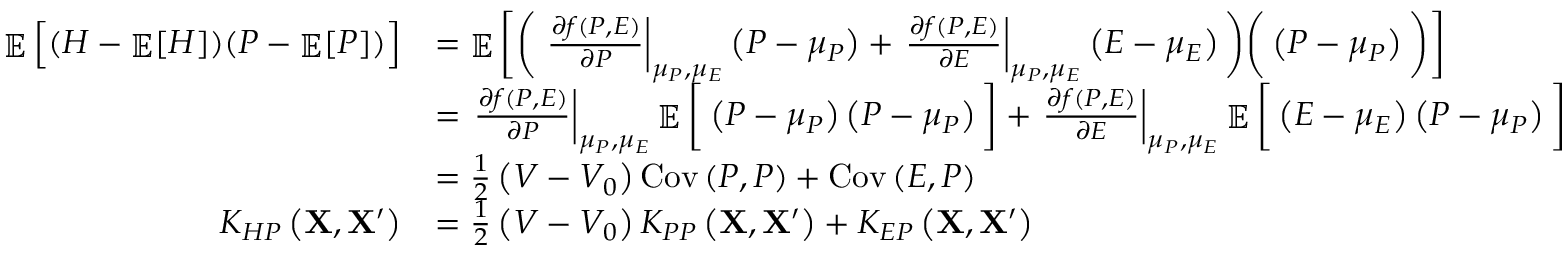
\begin{array} { r l } { \mathop { \mathbb { E } } \Big [ ( H - \mathop { \mathbb { E } } [ H ] ) ( P - \mathop { \mathbb { E } } [ P ] ) \Big ] } & { = \mathop { \mathbb { E } } \bigg [ \bigg ( \left. \frac { \partial f \left( P , E \right) } { \partial P } \right| _ { \mu _ { P } , \mu _ { E } } \left( P - \mu _ { P } \right) + \left. \frac { \partial f \left( P , E \right) } { \partial E } \right| _ { \mu _ { P } , \mu _ { E } } \left( E - \mu _ { E } \right) \bigg ) \bigg ( \left( P - \mu _ { P } \right) \bigg ) \bigg ] } \\ & { = \left. \frac { \partial f \left( P , E \right) } { \partial P } \right| _ { \mu _ { P } , \mu _ { E } } \mathop { \mathbb { E } } \bigg [ \left( P - \mu _ { P } \right) \left( P - \mu _ { P } \right) \bigg ] + \left. \frac { \partial f \left( P , E \right) } { \partial E } \right| _ { \mu _ { P } , \mu _ { E } } \mathop { \mathbb { E } } \bigg [ \left( E - \mu _ { E } \right) \left( P - \mu _ { P } \right) \bigg ] } \\ & { = \frac { 1 } { 2 } \left( V - V _ { 0 } \right) \operatorname { C o v } \left( P , P \right) + \operatorname { C o v } \left( E , P \right) } \\ { K _ { H P } \left( \mathbf { X } , \mathbf { X } ^ { \prime } \right) } & { = \frac { 1 } { 2 } \left( V - V _ { 0 } \right) K _ { P P } \left( \mathbf { X } , \mathbf { X } ^ { \prime } \right) + K _ { E P } \left( \mathbf { X } , \mathbf { X } ^ { \prime } \right) } \end{array}